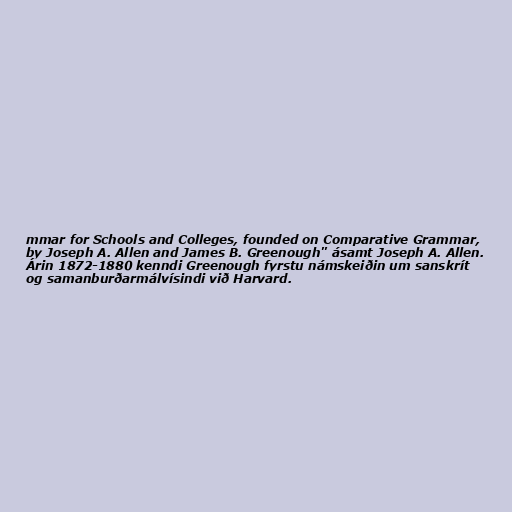
mmar for Schools and Colleges, founded on Comparative Grammar,
by Joseph A. Allen and James B. Greenough" ásamt Joseph A. Allen.
Árin 1872-1880 kenndi Greenough fyrstu námskeiðin um sanskrít
og samanburðarmálvísindi við Harvard.